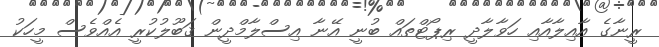
ރީނާގެ އާއިލާއާއި ހަވާލާދީ ރިޕޯޓްތައް ބުނީ އޭނާ އިސްލާމްދީން ޤަބޫލުކުރީ އެއްވެސް މީހަކު